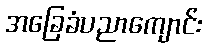
အခြေခံပညာကျောင်း